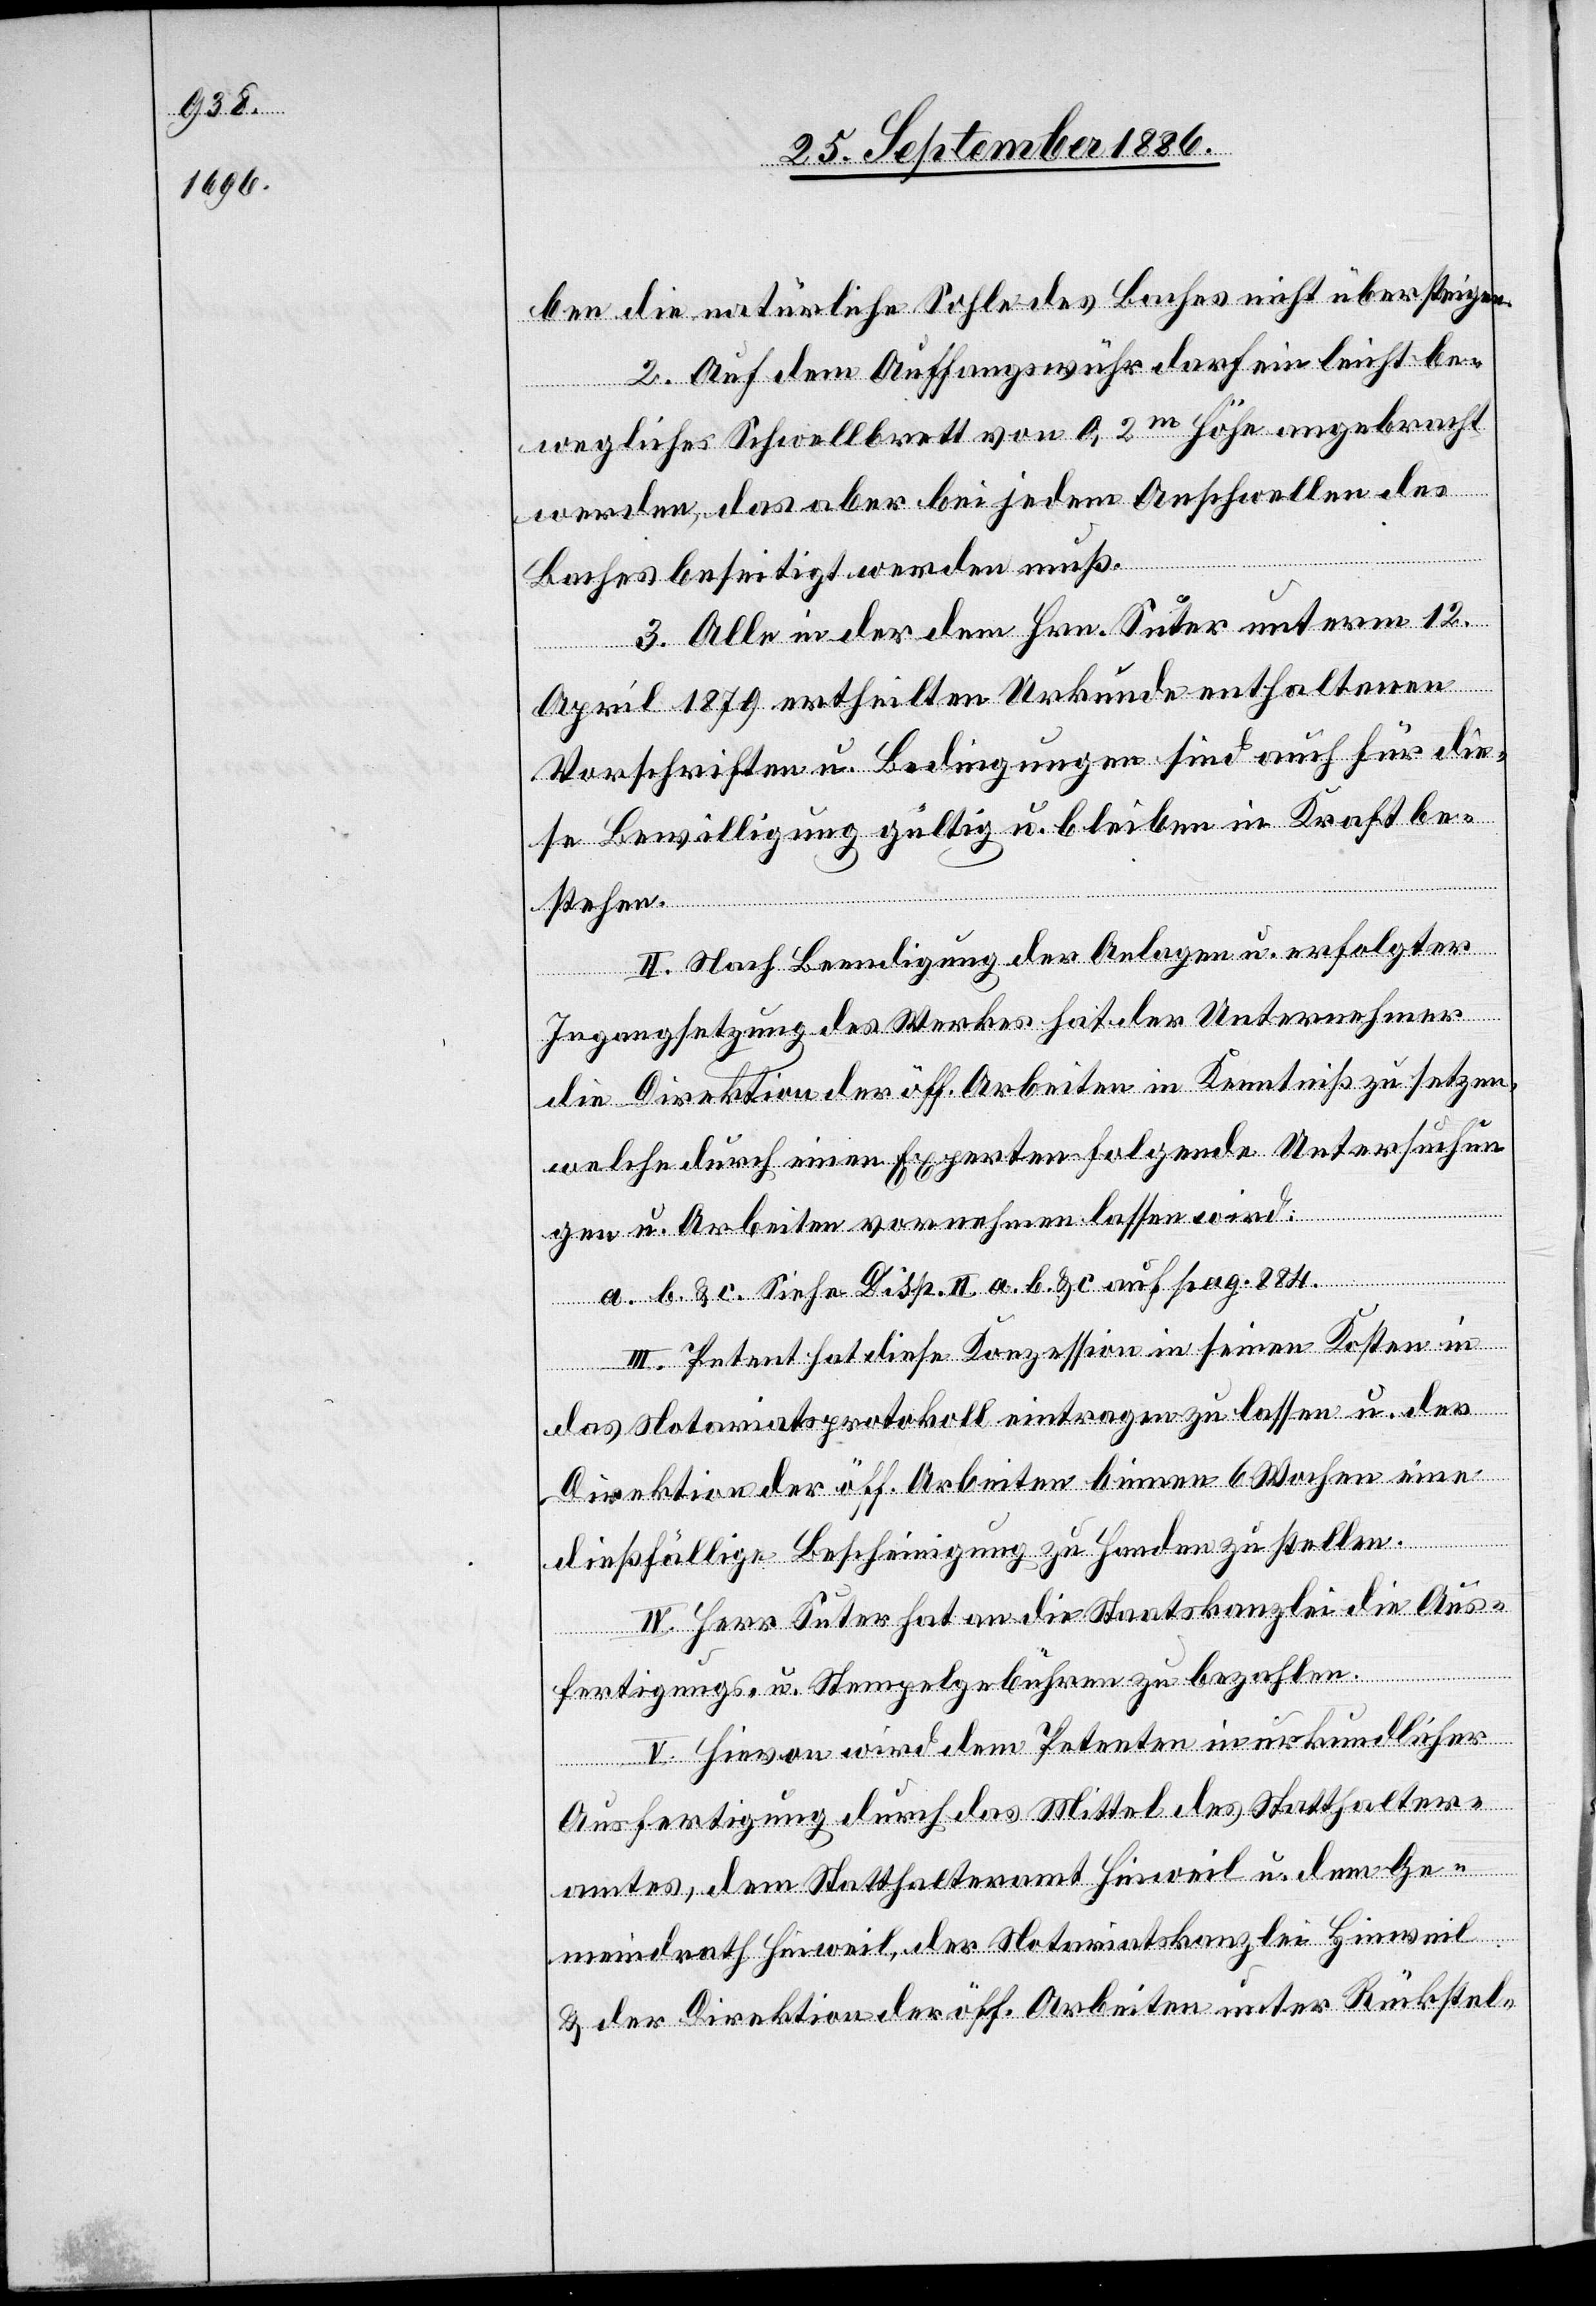
ben die natürliche Sohle des Baches nicht übersteigen.
2. Auf dem Auffangswuhr darf ein leicht be¬
wegliches Schwellbrett von 0,2m Höhe angebracht
werden, das aber bei jedem Anschwellen des
Baches beseitigt werden muß.
3. Alle in der dem Hrn. Suter unterm 12.
April 1879 ertheilten Urkunde enthaltenen
Vorschriften u. Bedingungen sind auch für die¬
se Bewilligung gültig u. bleiben in Kraft be¬
stehen.
II. Nach Beendigung der Anlage u. erfolgter
Ingangsetzung des Werkes hat der Unternehmer
die Direktion der öff. Arbeiten in Kenntniß zu setzen,
welche durch einen Experten folgende Untersuchun¬
gen u. Arbeiten vornehmen lassen wird:
a. b. & c. Siehe Disp. II a. b. & c. auf pag. 884.
III. Petent hat diese Konzession in seinen Kosten in
das Notariatsprotokoll eintragen zu lassen u. der
Direktion der öff. Arbeiten binnen 6 Wochen eine
dießfällige Bescheinigung zu Handen zu stellen.
IV. Herr Suter hat an die Staatskanzlei die Aus¬
fertigungs- u. Stempelgebühren zu bezahlen.
V. Hievon wird dem Petenten in urkundlicher
Ausfertigung durch das Mittel des Statthalter¬
amtes, dem Statthalteramt Hinweil u. dem Ge¬
meindrath Hinweil, der Notariatskanzlei Hinweil
& der Direktion der öff. Arbeiten unter Rückstel-